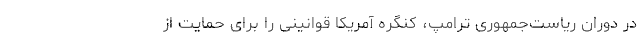
در دوران ریاست‌جمهوری ترامپ، کنگره آمریکا قوانینی را برای حمایت از